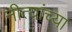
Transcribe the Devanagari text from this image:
नीत्यांच्या